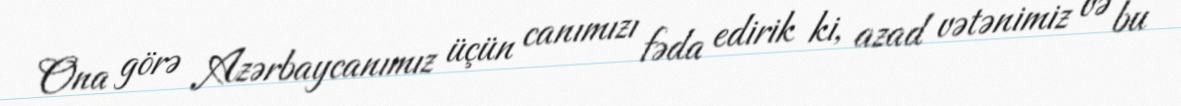
Ona görə Azərbaycanımız üçün canımızı fəda edirik ki, azad vətənimiz və bu